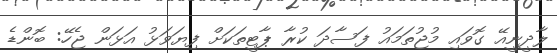
ލާދީނީއޭ ގޮވައި މުޖުތަމައު ފަސާދަ ކުރާ ޕާޓީތަކަށް ފިޔަވަޅު އަޅަން ޖެހޭ: ބޮންޑެ